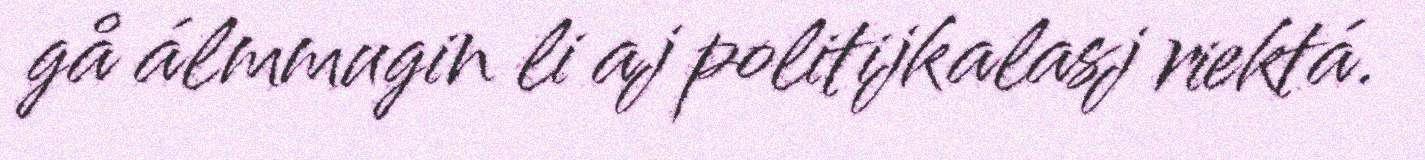
gå álmmugin li aj politijkalasj riektá.